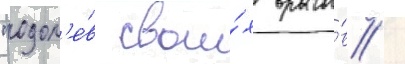
"одол'е́в свои́х враго́в /